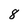
Character: 8